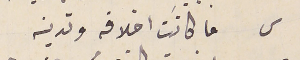
س ما كانت اخلاقه وتدينه